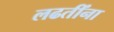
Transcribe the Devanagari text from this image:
लढतींना